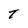
Character: T